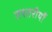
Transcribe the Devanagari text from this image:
तश्तरीयाँ